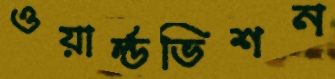
ওয়ার্ল্ডভিশন